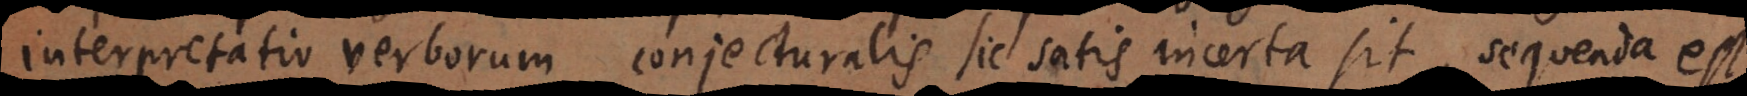
interpretatio verborum conjecturalis sic satis incerta sit, sequenda est